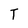
Character: T